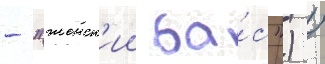
- "женск'ии ба́с") /